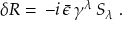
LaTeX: \delta R = \, - i \, \bar { \epsilon } \, \gamma ^ { \lambda } \, S _ { \lambda } \; .